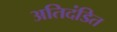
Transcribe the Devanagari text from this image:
अतिदंडित